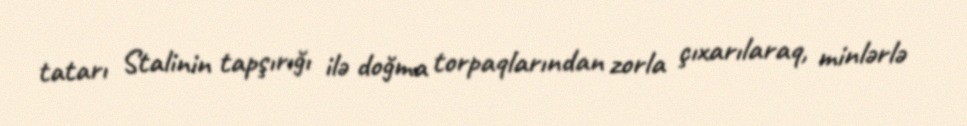
tatarı Stalinin tapşırığı ilə doğma torpaqlarından zorla çıxarılaraq, minlərlə